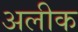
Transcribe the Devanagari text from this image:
अलीक